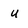
Character: u